Vabadussoja_Ajaloo_Komitee, lk 12
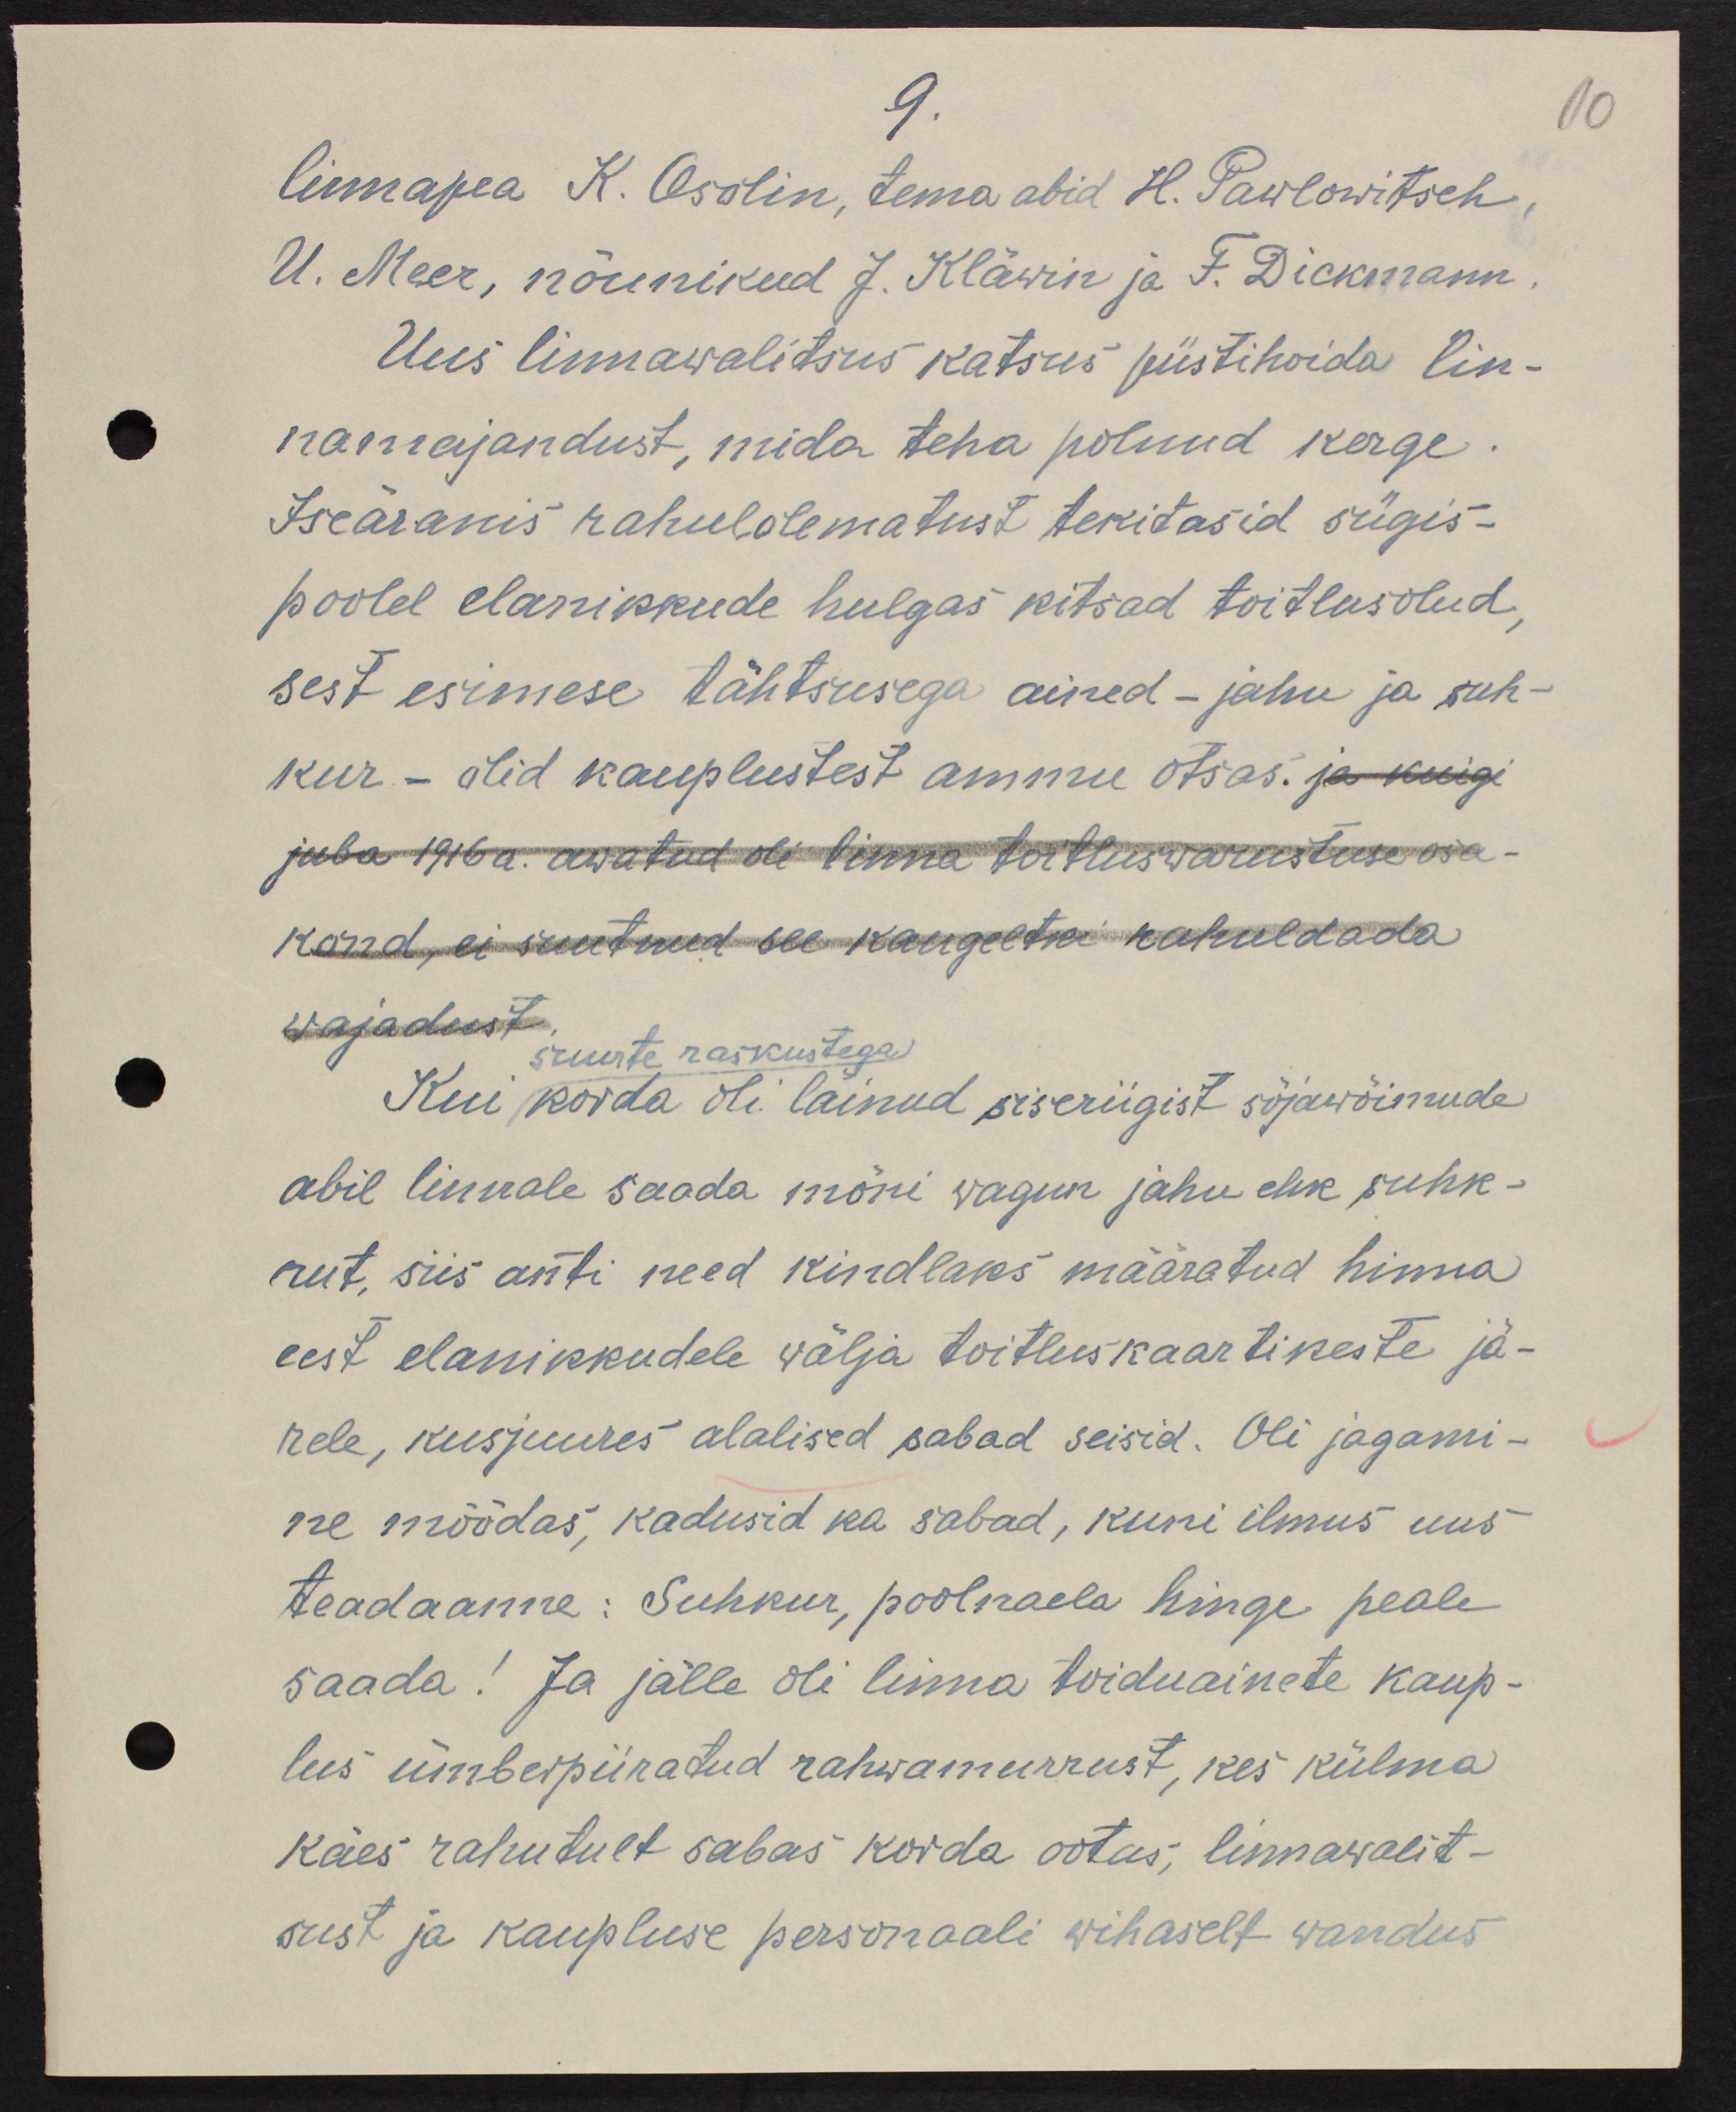
linnapea K. Osolin, tema abid H. Pawlowitsch
U. Meer, nõunikud J. Kläwin ja F. Dickmann.
Uus linnawalitsus katsus püstihoida lin-
namajandust, mida teha polnud kerge.
Iseäranis rahulolematust tekitasid sügis-
poolel elanikkude hulgas kitsad toitlusolud,
sest esimese tähtsusega ained - jahu ja suh-
kur - olid kauplustest ammu otsas. ja kuigi
juba 1916. a avatud oli linna toitluswarustuse osa- 
kond, ei suutnud see kaugeltki rahuldada
wajadust.
suurte raskustega
Kui korda oli läinud siseriigist sõjawõimude
abil linnale saada mõni wagun jahu elik suhk-
rut, siis anti need kindlaks määratud hinna
eest elanikkudele wälja toitluskaartikeste jä-
rele, kusjuures alalised sabad seisid. Oli jagami-
ne möödas, kadusid ka sabad, kuni ilmus uus
teadaanne: Suhkur, poolnaela hinge peale
saada! Ja jälle oli linna toiduainete kaup-
lus ümberpiiratud rahwamurrust, kes külma
käes rahutult sabas korda ootas, linnawalit-
sust ja kaupluse personaali wihaselt wandus